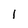
Character: l